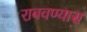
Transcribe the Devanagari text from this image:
राबवण्यास